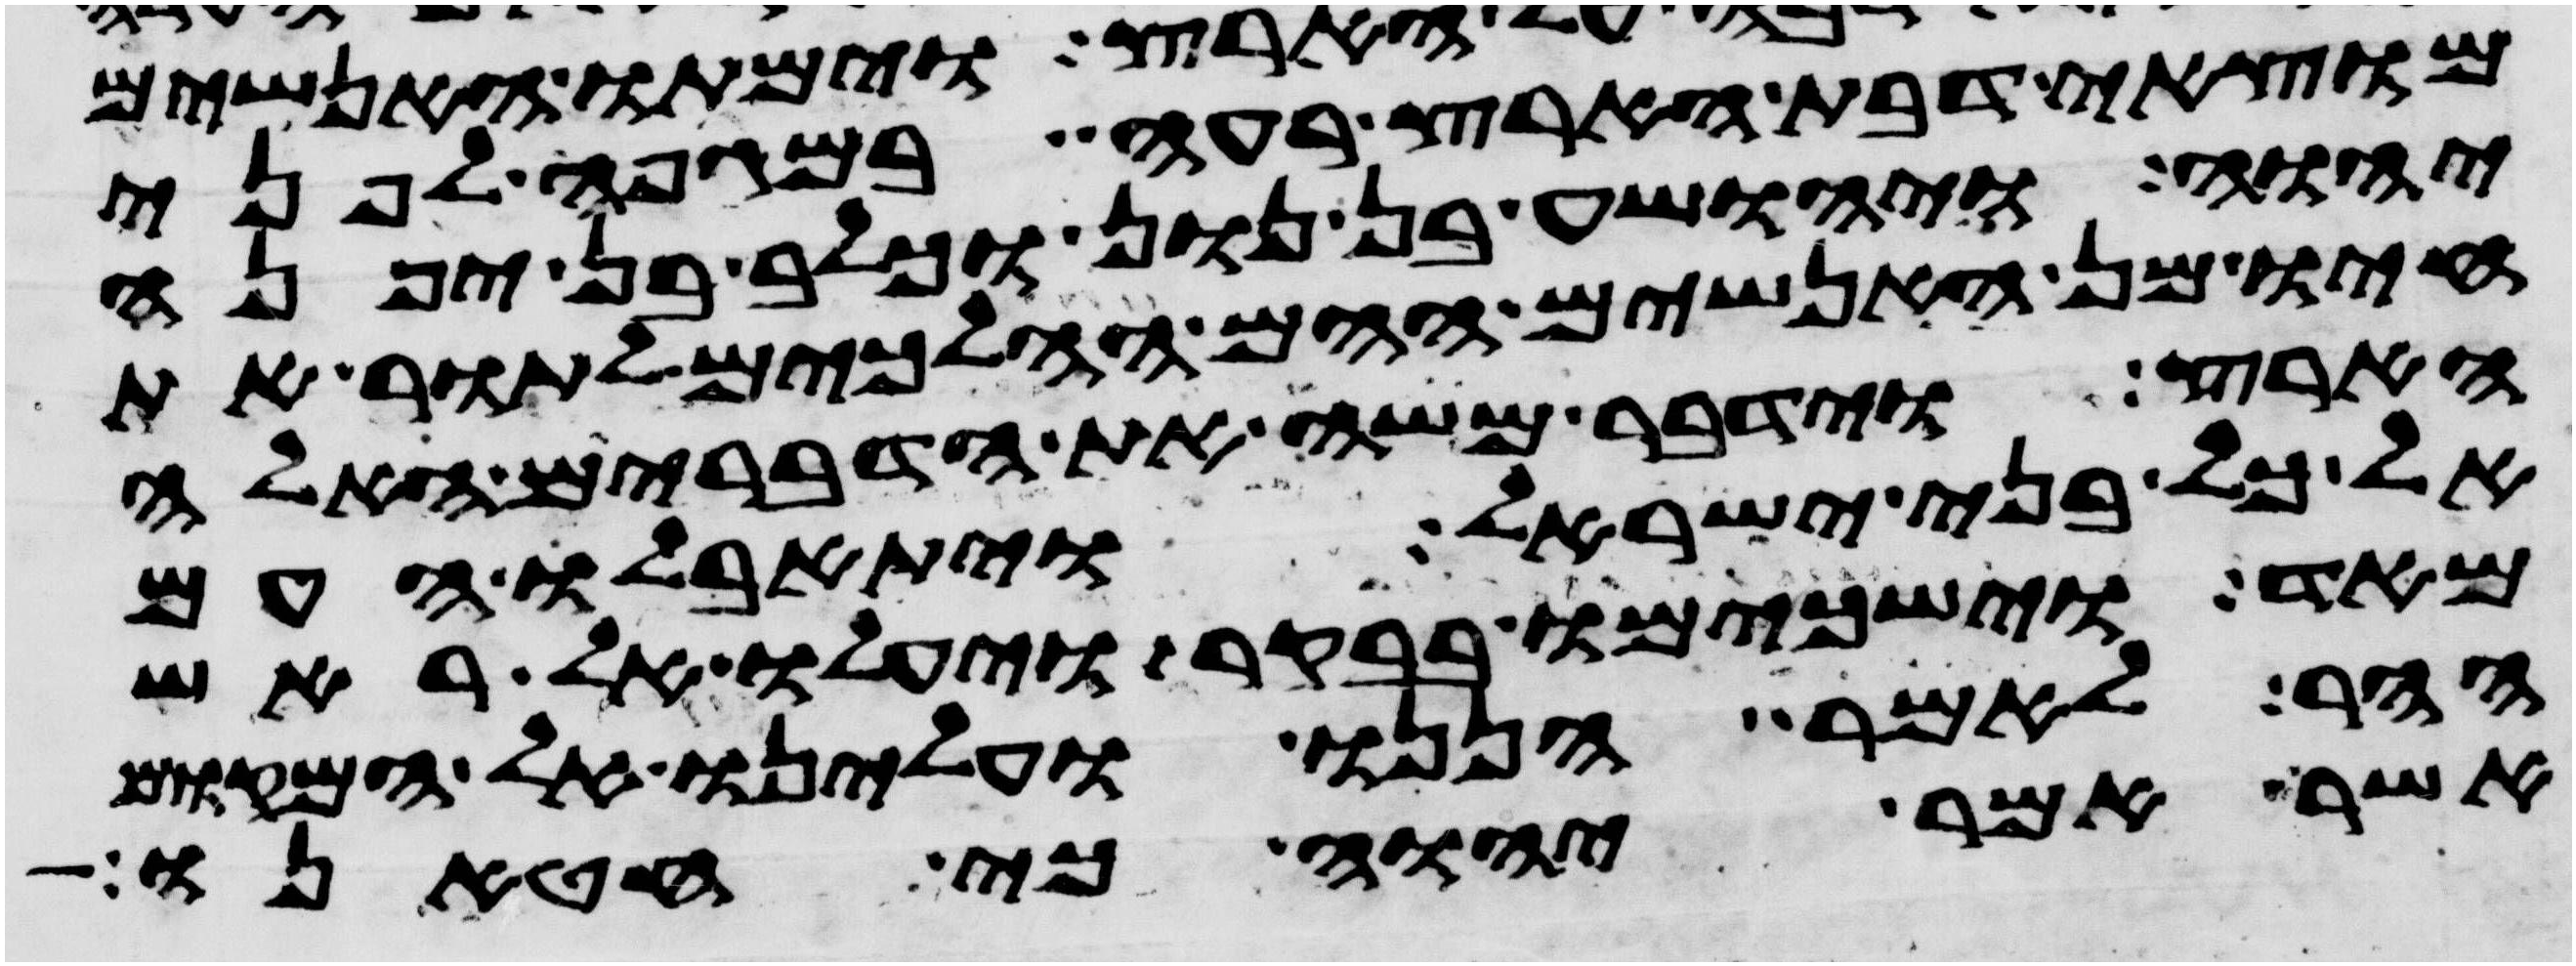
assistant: מוצאי דבת הארץ רעה במגפה לפני
יהוה ויהושע בן נון וכלב בן יפנה
חיו מן האנשים ההם ההלכים לתור את
הארץ וידבר משה את הדברים האלה
אל כל בני ישראל ויתאבלו העם
מאד וישכמו בבקר ויעלו אל ראש
ההר לאמר הננו ועלינו אל המקום
אשר אמר יהוה כי חטאנו